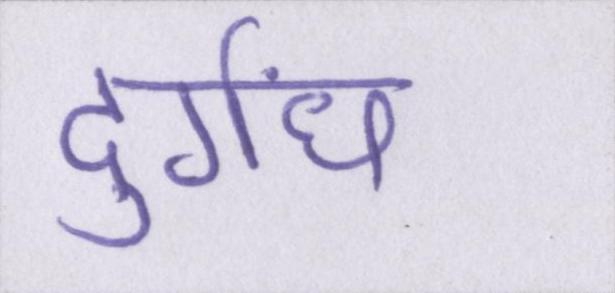
दुर्गंध